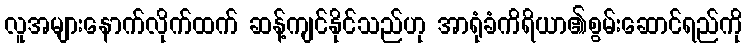
လူအများနောက်လိုက်ထက် ဆန့်ကျင်နိုင်သည်ဟု အာရုံခံကိရိယာ၏စွမ်းဆောင်ရည်ကို